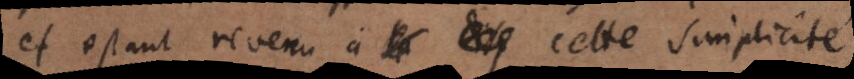
et estant revenu à cette simplicité